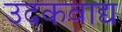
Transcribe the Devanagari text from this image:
उदकवाद्य